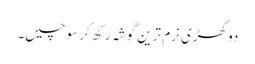
دو گھڑی نرم ترین گوشہ رکھ کر سوچیں۔